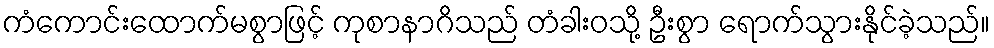
ကံကောင်းထောက်မစွာဖြင့် ကုစာနာဂိသည် တံခါးဝသို့ ဦးစွာ ရောက်သွားနိုင်ခဲ့သည်။